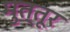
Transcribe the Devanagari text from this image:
मुत्तूर